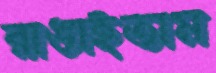
রাঙাইতাম